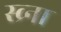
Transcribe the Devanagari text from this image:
स्व्र्ना